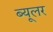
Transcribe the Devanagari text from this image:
ब्यूलर